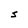
Character: S